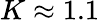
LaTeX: K\approx 1.1